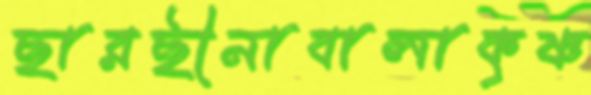
ছারছীনাবালাকৃষ্ণ